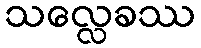
သလ္လေခဿ